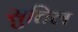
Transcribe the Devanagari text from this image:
सुतिल